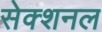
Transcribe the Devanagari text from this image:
सेक्शनल